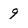
Character: 9